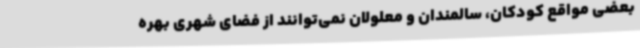
بعضی مواقع کودکان، سالمندان و معلولان نمی‌توانند از فضای شهری بهره